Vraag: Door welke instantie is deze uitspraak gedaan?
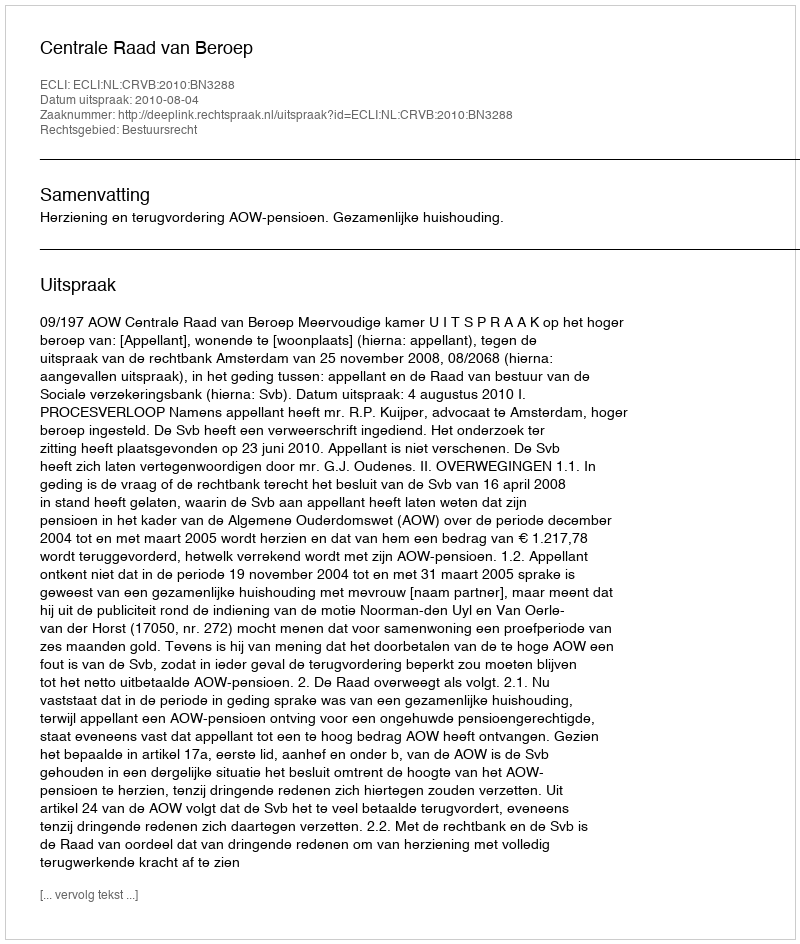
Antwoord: Centrale Raad van Beroep